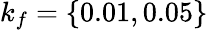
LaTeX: k_{f}=\{ 0.01,0.05\}